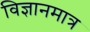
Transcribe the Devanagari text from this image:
विज्ञानमात्र